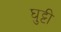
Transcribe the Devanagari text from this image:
घुट्टी